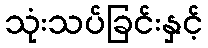
သုံးသပ်ခြင်းနှင့်